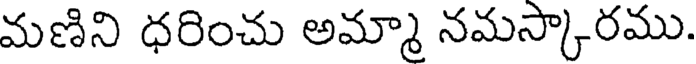
మణిని ధరించు అమ్మా నమస్కారము.